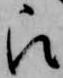
被